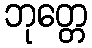
ဘုတ္တေ